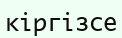
кіргізсе